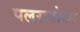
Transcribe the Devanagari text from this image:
पलरावोयार